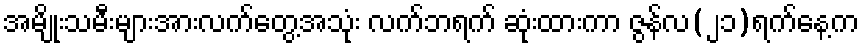
အမျိုးသမီးများအားလက်တွေ့အသုံး လက်ဘရက် ဆုံးထားကာ ဇွန်လ(၂၁)ရက်နေ့က